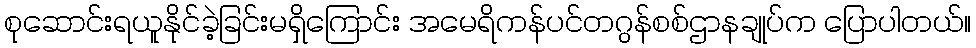
စုဆောင်းရယူနိုင်ခဲ့ခြင်းမရှိကြောင်း အမေရိကန်ပင်တဂွန်စစ်ဌာနချုပ်က ပြောပါတယ်။